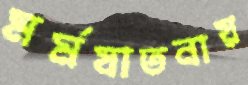
মর্মযাতনায়